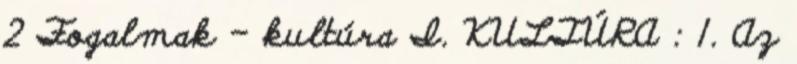
2 Fogalmak – kultúra I. KULTÚRA : 1. Az